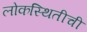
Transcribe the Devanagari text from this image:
लोकस्थितीची